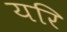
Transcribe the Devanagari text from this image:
यरि